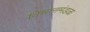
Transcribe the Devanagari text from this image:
विधानमंडळ